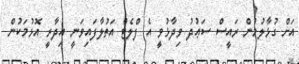
އަށް ގުޅާލުމުން ރައީސް ސަޢުދު ވިދާޅުވީ އެ ފްލެޓް އަތުލާފައިވަނީ އިދާރީ އޮޅުމަކުން